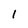
Character: 1